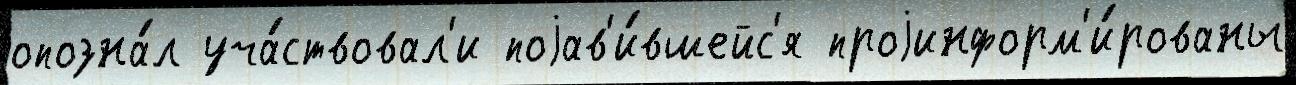
опозна́л уча́ствовал'и поjав'и́вшейс'я проjинформ'и́рованы